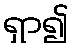
ရှာ၍